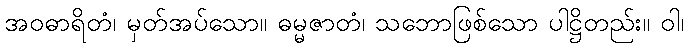
အဝဓာရိတံ၊ မှတ်အပ်သော။ ဓမ္မဇာတံ၊ သဘောဖြစ်သော ပါဋ္ဌိတည်း။ ဝါ၊